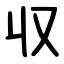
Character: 収